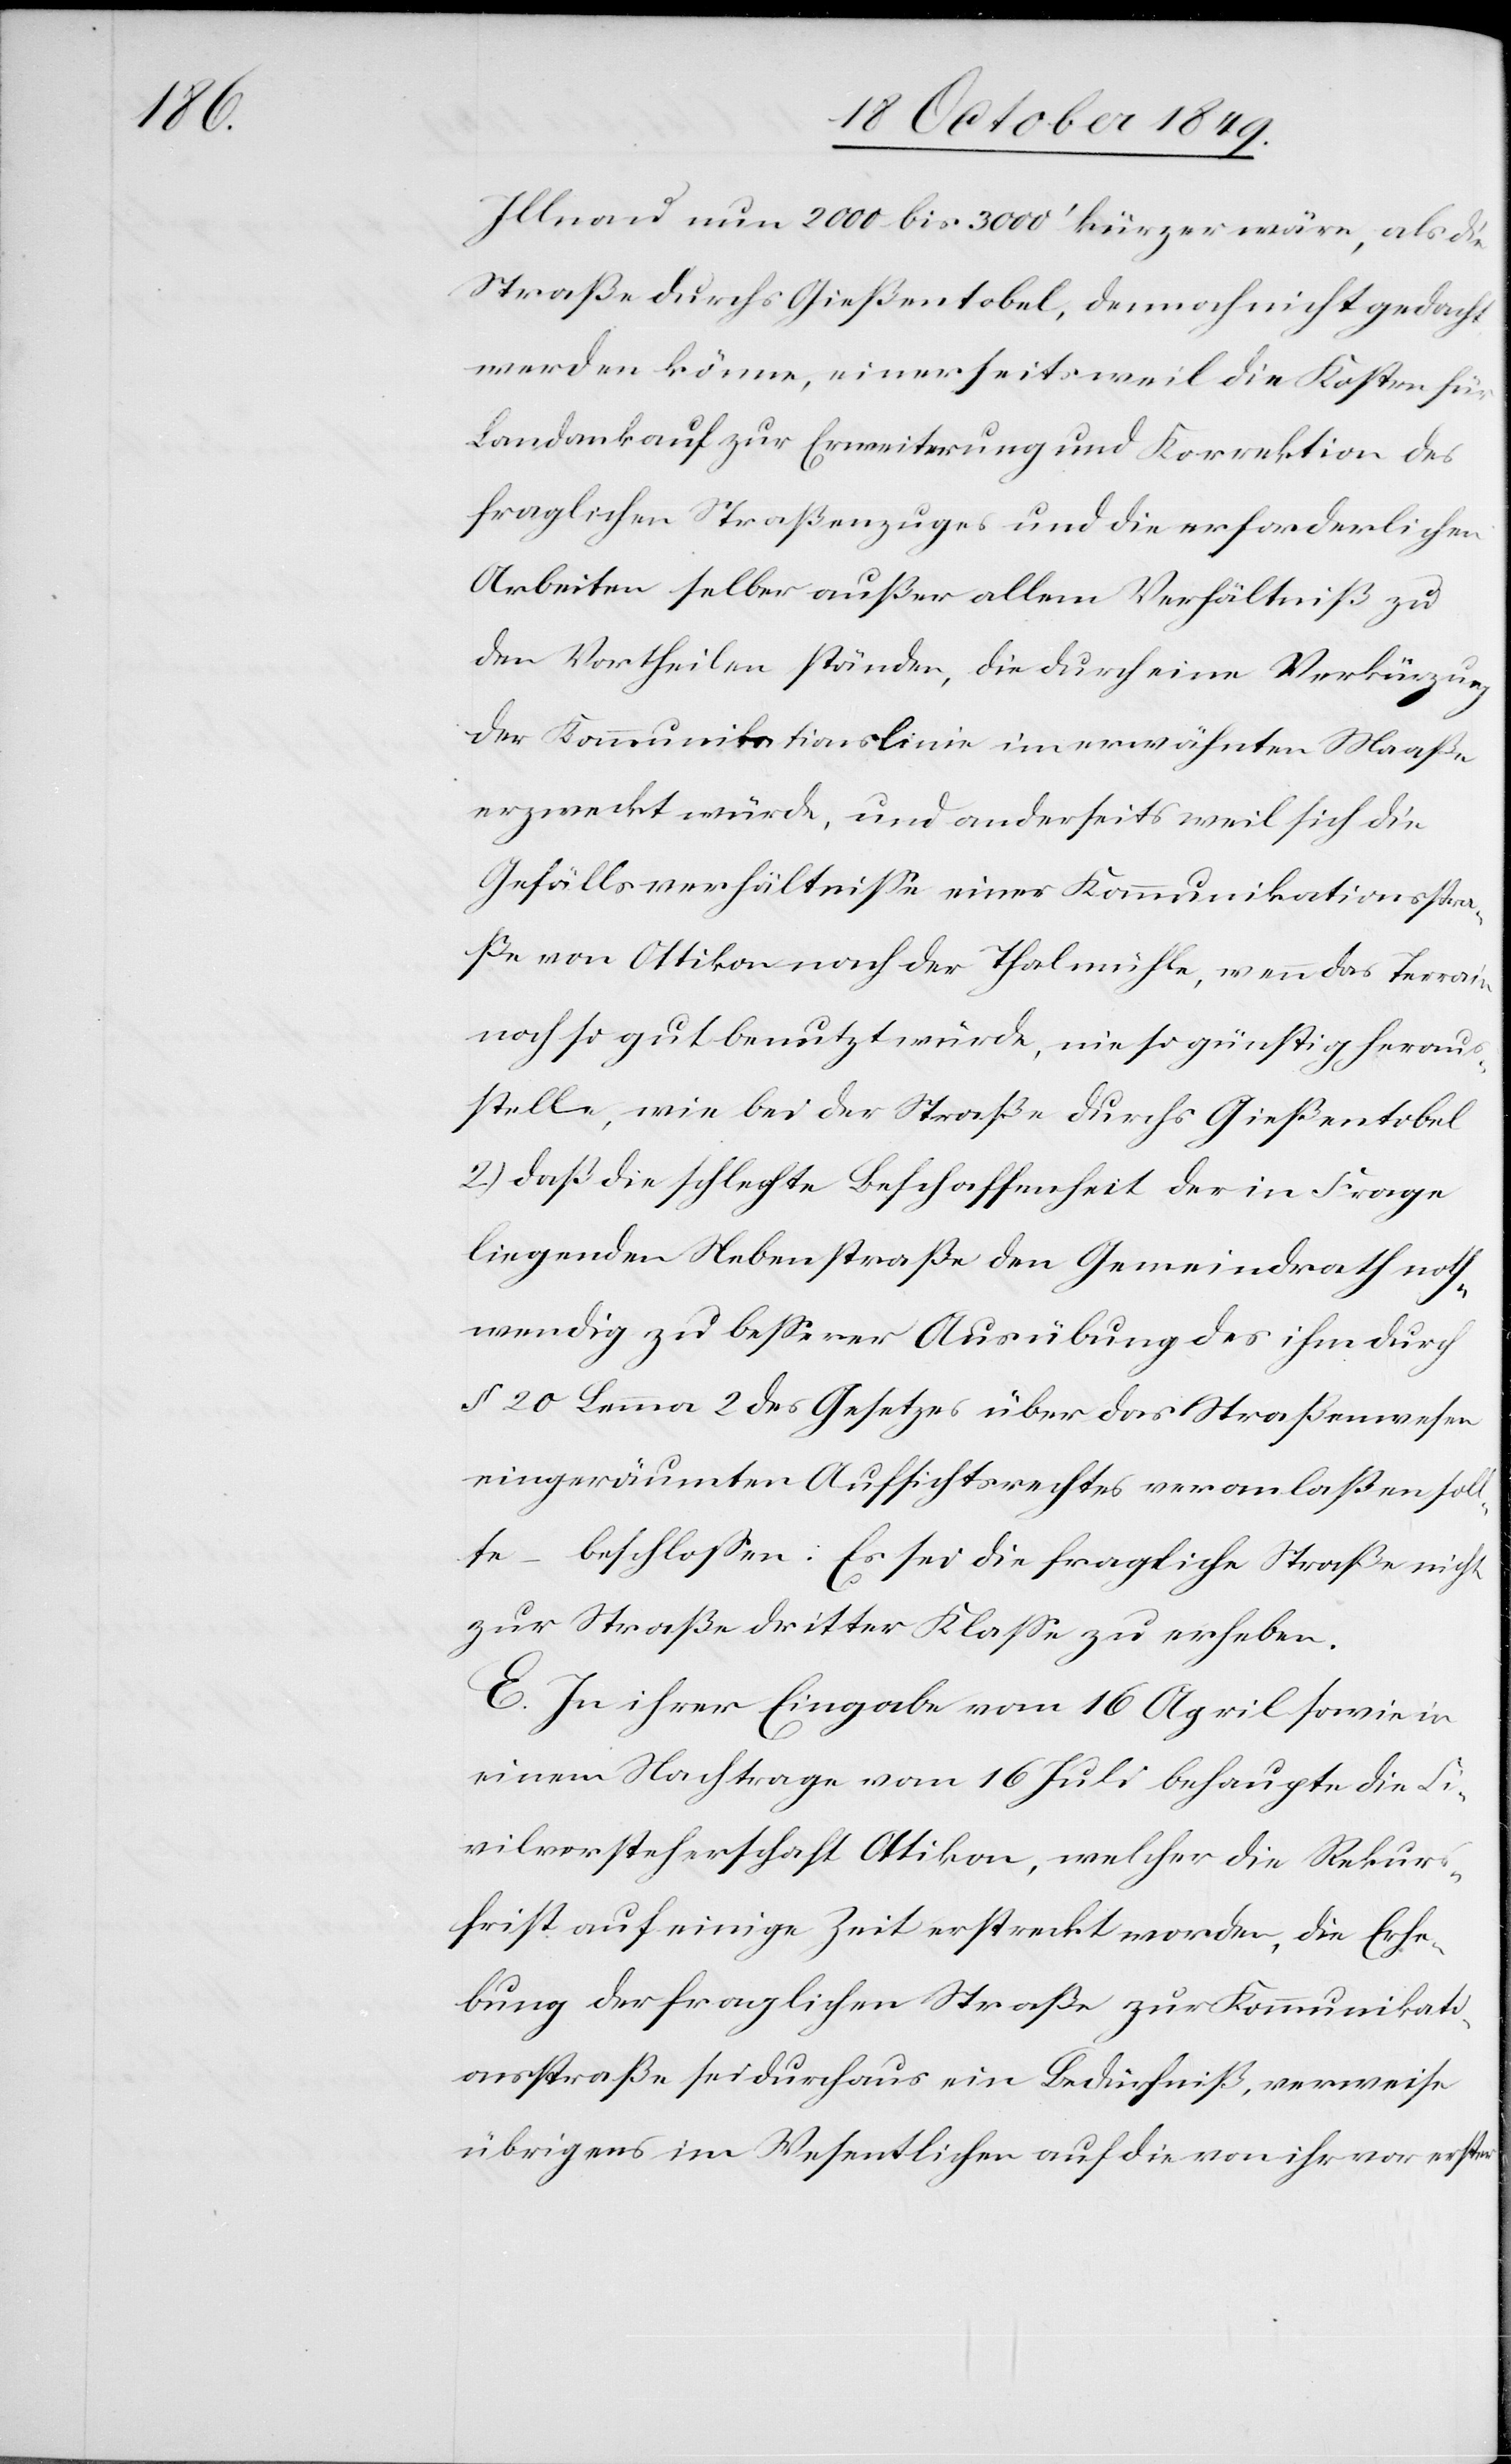
IIlnau um 2000 bis 3000’ kürzer wäre, als die
Straße durchs Gießentobel, dennoch nicht gedacht
werden könne, einerseits weil die Kosten für
Landankauf zur Erweiterung und Korrektion des
fraglichen Straßenzuges und die erforderlichen
Arbeiten selber außer allem Verhältniß zu
den Vortheilen ständen, die durch eine Verkürzung
der Kommunikationslinie im erwähnten Maaße
erzweckt würde, und anderseits weil sich die
Gefällsverhältniße einer Kommunikationsstra¬
ße von Ottikon nach der Thalmühle, wenn das Terrain
noch so gut benutzt würde, nie so günstig heraus¬
stelle, wie bei der Straße durchs Gießentobel.
2.) daß die schlechte Beschaffenheit der in Frage
liegenden Nebenstraße den Gemeindrath noth¬
wendig zu beßerer Ausübung des ihm durch
§ 20 Lemma 2 des Gesetzes über das Straßenwesen
eingeräumten Aufsichtsrechtes veranlaßen soll¬
te – beschloßen: Es sei die fragliche Straße nicht
zur Straße dritter Klaße zu erheben.
E. In ihrer Eingabe vom 16 April sowie in
einem Nachtrage vom 16 Juli behaupte die Ci¬
vilvorsteherschaft Ottikon, welcher die Rekurs¬
frist auf einige Zeit erstreckt worden, die Erhe¬
bung der fraglichen Straße zur Kommunikati¬
onsstraße sei durchaus ein Bedürfniß, verweise
übrigens im Wesentlichen auf die von ihr vor erster